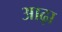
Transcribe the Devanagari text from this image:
आढ़ा